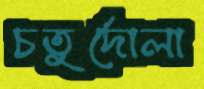
চতুর্দোলা